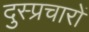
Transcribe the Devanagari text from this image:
दुस्प्रचारों